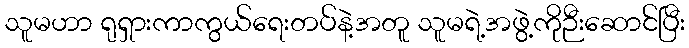
သူမဟာ ရုရှားကာကွယ်ရေးတပ်နဲ့အတူ သူမရဲ့အဖွဲ့ကိုဉီးဆောင်ပြီး